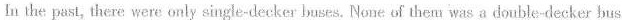
In the past, there were only single-decker buses. None of them was a double-decker bus.